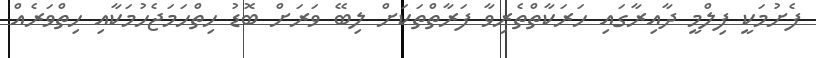
ފެށުމަކީ ފިލްމީ ދާއިރާގައި ހަރަކާތްތެރިވާ ފަރާތްތަކަށް ލިބޭ ވަަރަށް ބޮޑު ހިތްހަމަޖެހުމަކާއި ހިތްވަރެއް